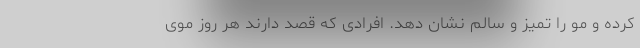
کرده و مو را تمیز و سالم نشان دهد. افرادی که قصد دارند هر روز موی